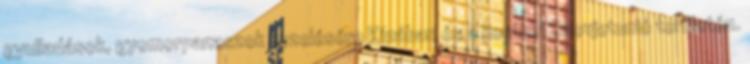
gyulladások, gyomorpanaszok kezelésére Kínában és a korábbi Szovjetunió területén.